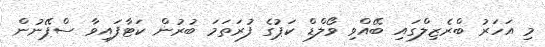
މި އަހަރު ބްރެޒިލްގައި ބޭއްވި ވޯލްޑް ކަޕުގެ ފުރަތަމަ ބުރުން ކަޓާފައިވާ ސްޕޭނުން